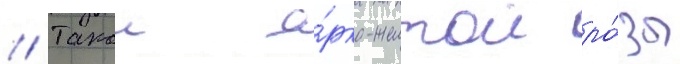
// Такои я́рко-желтои ро́зы